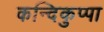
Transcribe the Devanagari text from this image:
कन्दिकुप्पा